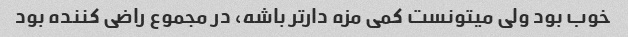
خوب بود ولی میتونست کمی مزه دار‌تر باشه، در مجموع راضی کننده بود